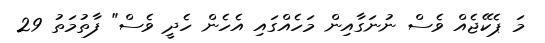
މަ ޕެކޭޖެއް ވެސް ނުނަގާއިން މަހެއްގައި އެހެން ހެދީ ވެސް" ފާތުމަތު 29